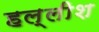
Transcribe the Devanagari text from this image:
हल्लीश